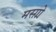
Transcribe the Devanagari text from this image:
मरग़ो